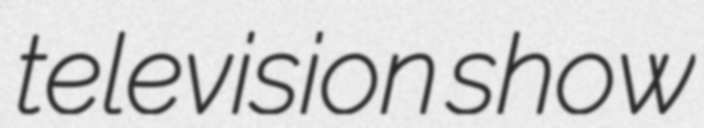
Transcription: television show